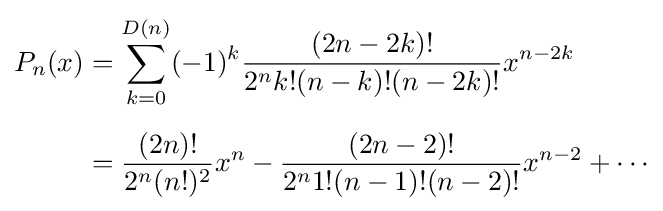
{\begin{aligned}P_{n}(x)&=\sum _{k=0}^{D(n)}(-1)^{k}{\frac {(2n-2k)!}{2^{n}k!(n-k)!(n-2k)!}}x^{n-2k}\\[5pt]&={\frac {(2n)!}{2^{n}(n!)^{2}}}x^{n}-{\frac {(2n-2)!}{2^{n}1!(n-1)!(n-2)!}}x^{n-2}+\cdots \end{aligned}}